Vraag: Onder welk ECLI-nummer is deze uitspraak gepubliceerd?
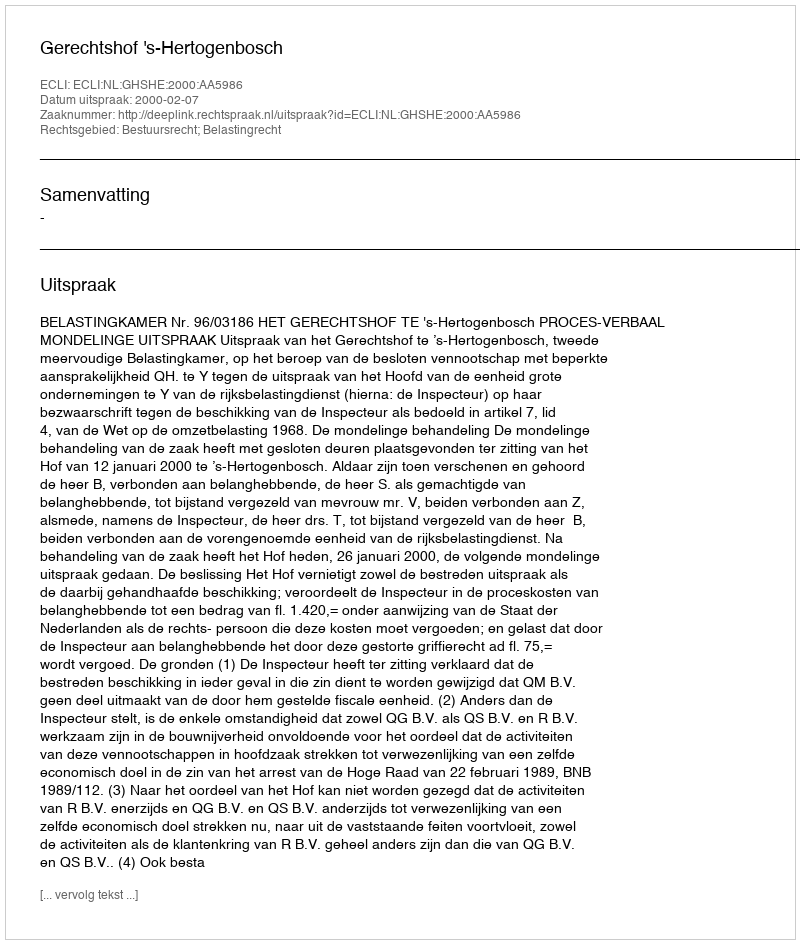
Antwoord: ECLI:NL:GHSHE:2000:AA5986